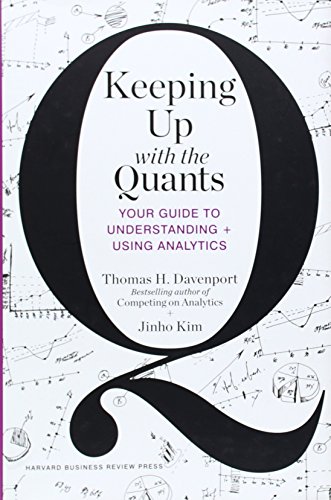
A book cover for Keeping Up with the Quants: Your Guide to Understanding and Using Analytics; Thomas H. Davenport; Business & Money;